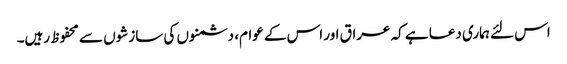
اس لئے ہماری دعا ہے کہ عراق اور اس کے عوام، دشمنوں کی سازشوں سے محفوظ رہیں۔